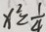
x ^ { 2 } = \frac { 1 } { 4 }